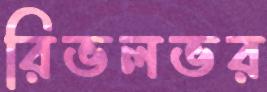
রিভলভর